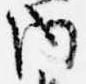
内